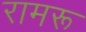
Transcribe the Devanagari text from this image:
रामरू